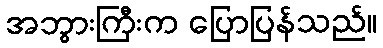
အဘွားကြီးက ပြောပြန်သည်။